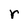
Character: r